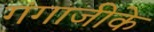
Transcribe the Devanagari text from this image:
गंगाजीके